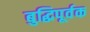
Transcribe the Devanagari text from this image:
बुद्धिपूर्वक